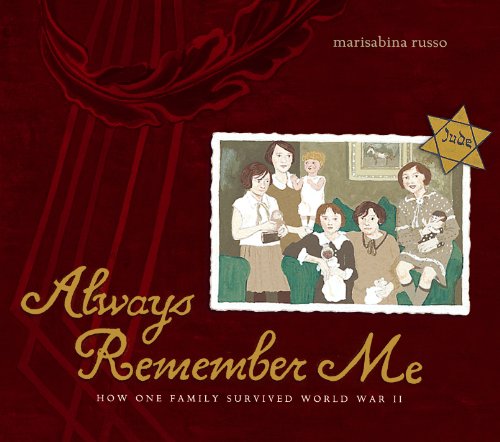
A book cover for Always Remember Me: How One Family Survived World War II; Marisabina Russo; Children's Books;